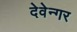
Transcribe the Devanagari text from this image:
देवेन्गर